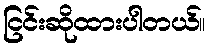
ငြင်းဆိုထားပါတယ်။